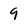
Character: 9